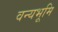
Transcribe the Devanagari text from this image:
वन्यभूमि